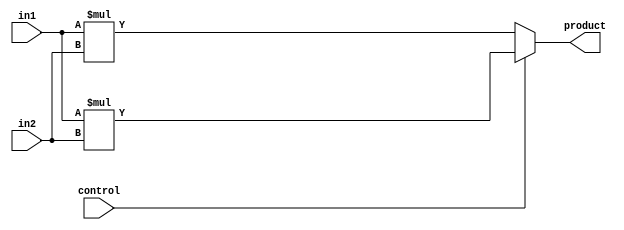
module DW02_mult_oper (in1, in2, control, product);
  parameter wordlength1 = 8, wordlength2 = 8;
  input [wordlength1-1:0] in1; 
  input [wordlength2-1:0] in2; 
  input control; 

  output [wordlength1+wordlength2-1:0] product;
  wire signed [wordlength1+wordlength2-1:0] product_sig; 
  wire [wordlength1+wordlength2-1:0] product_usig;

  assign product_sig = $signed(in1) * $signed(in2); 
  assign product_usig = in1 * in2;
  assign product = (control == 1'b1) ? $unsigned(product_sig) : product_usig;
endmodule